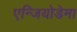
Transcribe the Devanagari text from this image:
एन्जियोडेमा